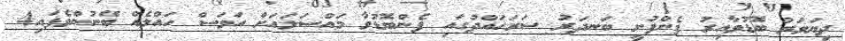
ދިޔަވަރު ބޮޑުވާއިރު ފެންފުށީ ބަނދަރު ސަރަހައްދުގައި ފެންބޮޑުވާ މައްސަލައަށް އަވަސް ހައްލެއް ބޭނުންވެފައި4